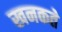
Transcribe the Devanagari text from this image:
खनकते